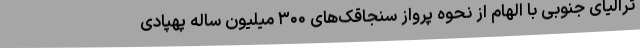
ترالیای جنوبی با الهام از نحوه پرواز سنجاقک‌های ۳۰۰ میلیون ساله پهپادی